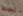
يسبح